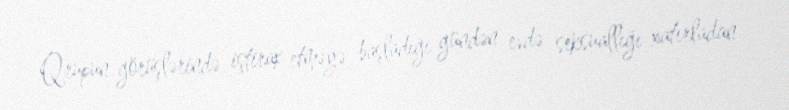
Qrupun görüşlərində iştirak etməyə başladığı gündən evdə seksuallığı xatırladan